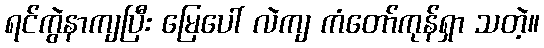
ရင်ကွဲနာကျပြီး မြေပေါ် လဲကျ ကံတော်ကုန်ရှာ သတဲ့။